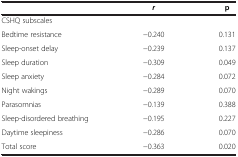
<table><thead><tr><td><b> </b></td><td><b><i>r</i></b></td><td><b>p</b></td></tr></thead><tbody><tr><td>CSHQ subscales</td><td> </td><td> </td></tr><tr><td>Bedtime resistance</td><td>-0.240</td><td>0.131</td></tr><tr><td>Sleep-onset delay</td><td>-0.239</td><td>0.137</td></tr><tr><td>Sleep duration</td><td>-0.309</td><td>0.049</td></tr><tr><td>Sleep anxiety</td><td>-0.284</td><td>0.072</td></tr><tr><td>Night wakings</td><td>-0.289</td><td>0.070</td></tr><tr><td>Parasomnias</td><td>-0.139</td><td>0.388</td></tr><tr><td>Sleep-disordered breathing</td><td>-0.195</td><td>0.227</td></tr><tr><td>Daytime sleepiness</td><td>-0.286</td><td>0.070</td></tr><tr><td>Total score</td><td>-0.363</td><td>0.020</td></tr></tbody></table>